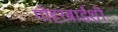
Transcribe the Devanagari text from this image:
गोहरबाईंशी